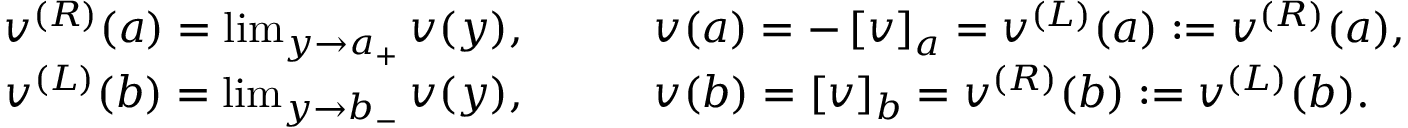
\begin{array} { r l } { v ^ { ( R ) } ( a ) = \operatorname* { l i m } _ { y \rightarrow a _ { + } } v ( y ) , \qquad } & { v ( a ) = - \left[ v \right] _ { a } = v ^ { ( L ) } ( a ) : = v ^ { ( R ) } ( a ) , } \\ { v ^ { ( L ) } ( b ) = \operatorname* { l i m } _ { y \rightarrow b _ { - } } v ( y ) , \qquad } & { v ( b ) = \left[ v \right] _ { b } = v ^ { ( R ) } ( b ) : = v ^ { ( L ) } ( b ) . } \end{array}